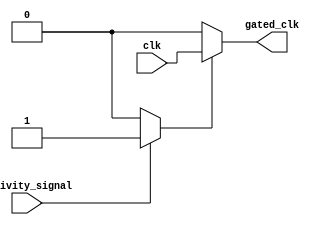
module dynamic_clock_gating (
    input wire clk,               // Original clock input
    input wire activity_signal,    // Signal indicating memory activity (read/write requests)
    output wire gated_clk         // Gated clock output
);

// Clock Gating Control Logic
reg gating_signal;

always @(*) begin
    // Generate gating signal based on activity
    if (activity_signal) begin
        gating_signal = 1'b1; // Allow clock when there's activity
    end else begin
        gating_signal = 1'b0; // Disable clock when idle
    end
end

// Clock Gating Cell
assign gated_clk = gating_signal ? clk : 1'b0; // Output original clock or disabled clock

endmodule